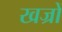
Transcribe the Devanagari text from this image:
खज्रों